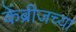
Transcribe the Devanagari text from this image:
केंब्रीजच्या